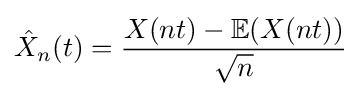
{\hat {X}}_{n}(t)={\frac {X(nt)-\mathbb {E} (X(nt))}{\sqrt {n}}}